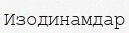
Изодинамдар